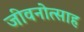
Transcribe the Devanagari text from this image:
जीवनोत्साह